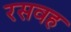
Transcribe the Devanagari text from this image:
रसवह